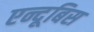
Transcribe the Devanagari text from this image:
एन्दूबिस